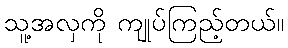
သူ့အလှကို ကျုပ်ကြည့်တယ်။